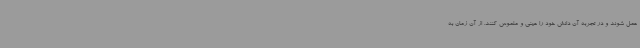
عمل شوند و در تجربه آن دانش خود را عینی و ملموس کنند. از آن زمان به